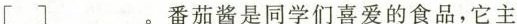
[]___。番茄酱是同学们喜爱的食品，它主